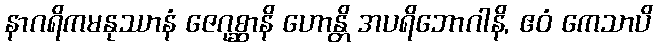
နာဂရိကမနုဿာနံ ဇေဂုစ္ဆာနိ ဟောန္တိ အပရိဘောဂါနိ, ဧဝံ ကေသာပိ